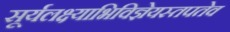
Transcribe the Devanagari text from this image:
सूर्यलक्ष्याभिविज्ञेयस्तपतेव